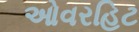
ઓવરહિટ